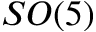
S O ( 5 )